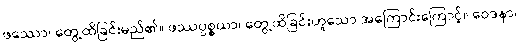
ဖဿော၊ တွေ့ထိခြင်းမည်၏။ ဖဿပ္ပစ္စယာ၊ တွေ့ထိခြင်းဟူသော အကြောင်းကြောင့်။ ဝေဒနာ၊